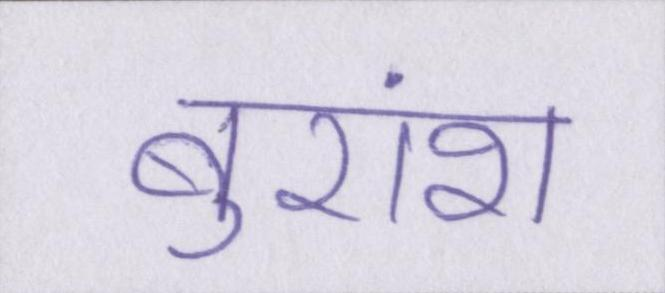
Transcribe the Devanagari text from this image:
बुरांश